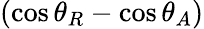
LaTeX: (\cos\theta_{R}-\cos\theta_{A})